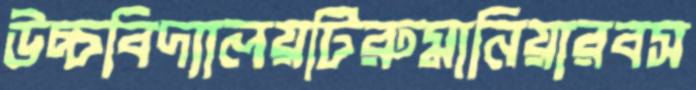
উচ্চবিদ্যালয়টিরুমানিয়ারবস